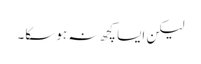
لیکن ایسا کچھ نہ ہوسکا۔